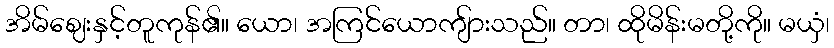
အိမ်ဈေးနှင့်တူကုန်၏။ ယော၊ အကြင်ယောကျ်ားသည်။ တာ၊ ထိုမိန်းမတို့ကို။ မယှံ၊